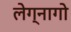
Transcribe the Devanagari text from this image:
लेग्नागो